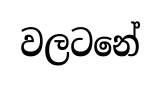
වලටනේ